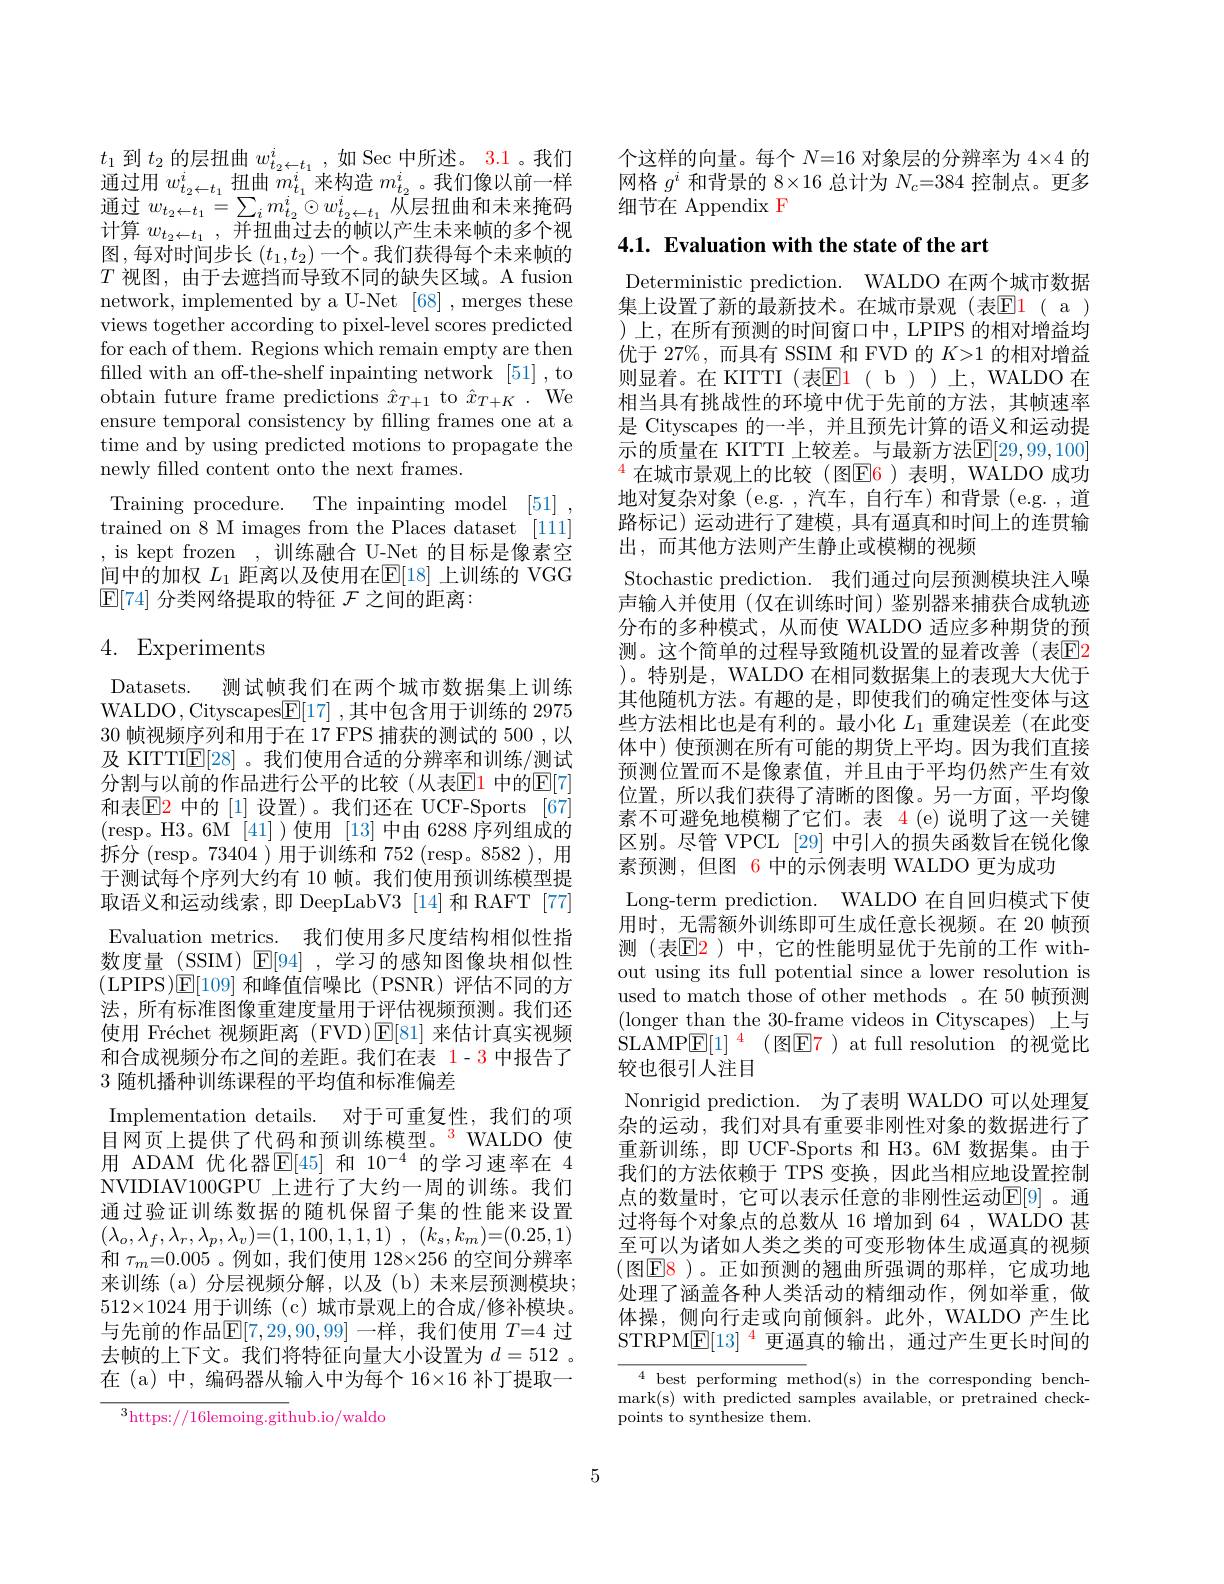
$t_1$到$t_2$的层扭曲$w_t_2\leftarrow t_1^i$,如 Sec 中所述。3.1 。我们通过用$w_{t_2\leftarrow t_1}^i$扭曲$m_t_1^i$来构造$m_t_2^i$。我们像以前一样$\begin{array}{l}{\text{通过 }w_{t_{2}\leftarrow t_{1}}=\sum_{i}m_{t_{2}}^{i}\odot w_{t_{2}\leftarrow t_{1}}^{i}\tilde{\text{从层扭曲和未来掩码}}}\\{\text{计算 }w_{t_{2}\leftarrow t_{1}},\text{并扭曲过去的帧以产生未来帧的多个视}}\end{array}$ 图，每对时间步长$(t_1,t_2)$一个。我们获得每个未来帧的$T$视图，由于去遮挡而导致不同的缺失区域。A fusion network, implemented by a U-Net [68] , merges these views together according to pixel-level scores predicted for each of them. Regions which remain empty are then filled with an off-the-shelf inpainting network [51] , to obtain future frame predictions $\hat{x}_{T+1}$ to $\hat{x}_{T+K}.$ We ensure temporal consistency by filling frames one at a time and by using predicted motions to propagate the newly filled content onto the next frames.
Training procedure. The inpainting model [51] trained on 8 M images from the Places dataset [111] , is kept frozen ,训练融合 U-Net 的目标是像素空间中的加权$L_1$距离以及使用在$\mathbb{E}[18]$上训练的 VGG

$\mathbb{E}[74]$分类网络提取的特征$\mathcal{F}$之间的距离：

# 4. Experiments

Datasets. 测试帧我们在两个城市数据集上训练WALDO, Cityscapes$\boxed{\mathbb{E}}[17]$ ,其中包含用于训练的 297530帧视频序列和用于在 17 FPS 捕获的测试的 500 ,以及 KITTI$\mathbb{E}[28]$ 。我们使用合适的分辨率和训练/测试分割与以前的作品进行公平的比较(从表$\color{red}{\mathrm{E}}\color{blue}{\mathrm{1}}$ 中的$\color{red}{\mathrm{E}}[7]$ 和表$\operatorname{E}$2 中的[1]设置)。我们还在 UCF-Sports [67] (resp。H3。6M [41])使用 [13]中由 6288 序列组成的拆分(resp。73404 )用于训练和752 (resp。8582 ),用于测试每个序列大约有 10 帧。我们使用预训练模型提取语义和运动线索，即 DeepLabV3 [14] 和 RAFT [77] Evaluation metrics. 我们使用多尺度结构相似性指数度量 (SSIM) $\mathbb{E}[94]$,学习的感知图像块相似性(LPIPS)E[109]和峰值信噪比 (PSNR)评估不同的方法，所有标准图像重建度量用于评估视频预测。我们还使用 Fréchet 视频距离 (FVD)$\mathsf{E}[81]$来估计真实视频和合成视频分布之间的差距。我们在表 1-3 中报告了3随机播种训练课程的平均值和标准偏差
Implementation details. 对于可重复性，我们的项目网页上提供了代码和预训练模型。$^{3}$WALDO 使用 ADAM 优化器$\mathbb{E}[45]$ 和 10$^-4$ 的学习速率在 4 NVIDIAV100GPU 上进行了大约一周的训练。我们通过验证训练数据的随机保留子集的性能来设置$( \lambda _{o}, \lambda _{f}, \lambda _{r}, \lambda _{p}, \lambda _{v}) = ( 1, 100, 1, 1, 1)$ , $( k_{s}, k_{m}) = ( 0. 25, 1)$ 和$\tau_m=0.005$ 。例如 ,我们使用 128×256 的空间分辨率来训练(a)分层视频分解，以及(b)未来层预测模块； $512\times1024$用于训练(c)城市景观上的合成/修补模块。与先前的作品$\mathbb{E}[7,29,90,99]$一样，我们使用$T=4$过去帧的上下文。我们将特征向量大小设置为$d=512$ 。在 (a) 中，编码器从输入中为每个 16×16 补丁提取一
$^3$https://16lemoing.github.io/waldo

个这样的向量。每个$N=16$对象层的分辨率为$4\times4$的网格$g^i$和背景的$8\times16$总计为$N_c=384$控制点。更多细节在 Appendix F

4.1. Evaluation with the state of the art

Deterministic prediction. WALDO 在两个城市数据集上设置了新的最新技术。在城市景观(表$\color{red}{\mathrm{E}}\color{red}{\mathrm{1}}(\begin{array}{c}\mathrm{a}\end{array})$ )上，在所有预测的时间窗口中，LPIPS 的相对增益均优于 27%, 而具有 SSIM 和 FVD 的$K>1$的相对增益则显着。在 KITTI (表El ( b ))上，WALDO 在相当具有挑战性的环境中优于先前的方法，其帧速率是 Cityscapes 的一半，并且预先计算的语义和运动提示的质量在 KITTI 上较差。与最新方法$\mathbb{E}[29,99,100]$ $^{\color{red}{4}}$在城市景观上的比较(图E6)表明，WALDO 成功地对复杂对象(e.g.,汽车，自行车)和背景(e.g.,道路标记)运动进行了建模，具有通真和时间上的连贯输出，而其他方法则产生静止或模糊的视频
Stochastic prediction. 我们通过向层预测模块注人噪声输入并使用(仅在训练时间)鉴别器来捕获合成轨迹分布的多种模式，从而使 WALDO 适应多种期货的预测。这个简单的过程导致随机设置的显着改善(表$\overline{\mathrm{E}}$2 )。特别是，WALDO 在相同数据集上的表现大大优于其他随机方法。有趣的是，即使我们的确定性变体与这些方法相比也是有利的。最小化$L_1$重建误差(在此变体中)使预测在所有可能的期货上平均。因为我们直接预测位置而不是像素值，并且由于平均仍然产生有效位置，所以我们获得了清晰的图像。另一方面，平均像素不可避免地模糊了它们。表 4(e)说明了这一关键区别。尽管 VPCL [29] 中引入的损失函数旨在锐化像素预测，但图 6 中的示例表明 WALDO 更为成功
Long-term prediction. WALDO 在自回归模式下使用时，无需额外训练即可生成任意长视频。在 20 帧预测(表$\mathbb{E}\color{red}2$)中，它的性能明显优于先前的工作 without using its full potential since a lower resolution is used to match those of other methods 。在 50 帧预测(longer than the 30-frame videos in Cityscapes) 上与$\mathrm{SLAMPE[1]}^{4}$(图E7)at full resolution 的视觉比较也很引人注目
Nonrigid prediction. 为了表明 WALDO 可以处理复杂的运动，我们对具有重要非刚性对象的数据进行了重新训练，即 UCF-Sports 和 H3。6M 数据集。由于我们的方法依赖于 TPS 变换，因此当相应地设置控制点的数量时，它可以表示任意的非刚性运动$\mathbb{E}[9]$。通过将每个对象点的总数从 16 增加到 64 , WALDO 甚至可以为诸如人类之类的可变形物体生成逼真的视频(图$\boxed{\mathrm{F8}}$)。正如预测的翘曲所强调的那样，它成功地处理了涵盖各种人类活动的精细动作，例如举重，做体操，侧向行走或向前倾斜。此外，WALDO 产生比STRPM$\underline{\mathrm{E}}[13]^{4}$更逼真的输出，通过产生更长时间的$\overline{4\text{best performing me}}$thod(s)in the corresponding bench-

mark(s) with predicted samples available, or pretrained check-
points to synthesize them.

5